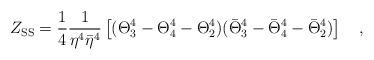
LaTeX: \begin{align*}Z_{\rm SS} = {{1}\over{4}} {{1}\over{\eta^4{\bar{\eta}}^4}} \left [ (\Theta_3^4 - \Theta_4^4 - \Theta_2^4) ({\bar{\Theta}}_3^4 - {\bar{\Theta}}_4^4 - {\bar{\Theta}}_2^4 )\right ] \quad ,\end{align*}